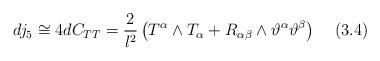
LaTeX: \begin{align*}dj_5 \cong 4dC_{TT} = \frac{2}{l^2} \left( T^{\alpha}\wedge T_{\alpha}+R_{\alpha \beta} \wedge\vartheta^{\alpha}\vartheta^{\beta} \right) \;\;\;\;(3.4)\end{align*}